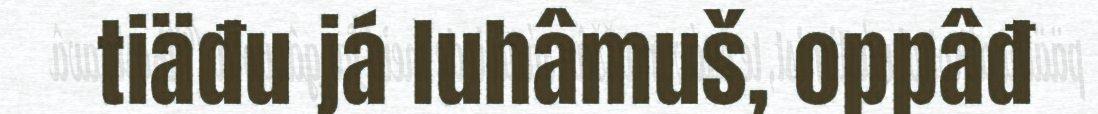
tiäđu já luhâmuš, oppâđ